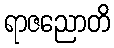
ရာဇညောတိ